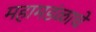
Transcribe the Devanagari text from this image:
महामडंळाचे